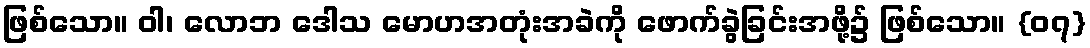
ဖြစ်သော။ ဝါ၊ လောဘ ဒေါသ မောဟအတုံးအခဲကို ဖောက်ခွဲခြင်းအဖို့၌ ဖြစ်သော။ {၀၇}